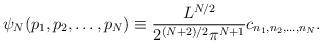
LaTeX: \begin{align*}\psi_N(p_1,p_2,\dots,p_N) \equiv \frac{L^{N/2}}{2^{(N+2)/2}\pi^{N+1}} c_{n_1,n_2,\dots,n_N}.\end{align*}